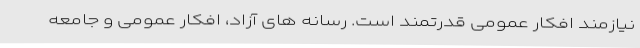
نیازمند افکار عمومی قدرتمند است. رسانه های آزاد، افکار عمومی و جامعه